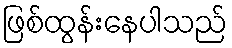
ဖြစ်ထွန်းနေပါသည်